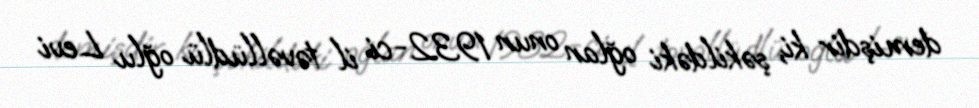
demişdir ki, şəkildəki oğlan onun 1932-ci il təvəllüdlü oğlu Levi